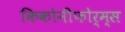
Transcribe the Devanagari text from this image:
किकोनीफोर्म्स